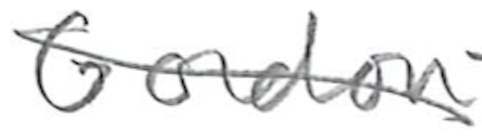
Text: Gordon
Cross-out: diagonal
Writing tool: pencil